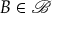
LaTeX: B \in { \mathcal { B } }